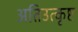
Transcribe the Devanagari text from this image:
अतिउत्कृष्ट